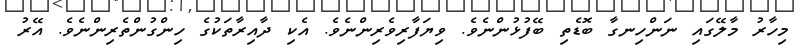
މިހާރު މާލޭގައި ނަންހިނގާ ބޮޑެތި ބޭފުޅުންނެވެ. ވިޔަފާރިވެރިންނެވެ. އެކި ދާއިރާތަކުގެ ހިންގުންތެރިންނެވެ. އޭރު